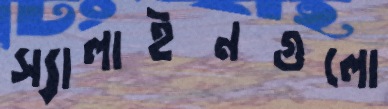
স্যালাইনগুলো